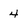
Character: 4